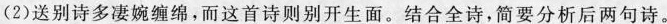
(2)送别诗多凄婉缠绵，而这首诗则别开生面。结合全诗，简要分析后两句诗。